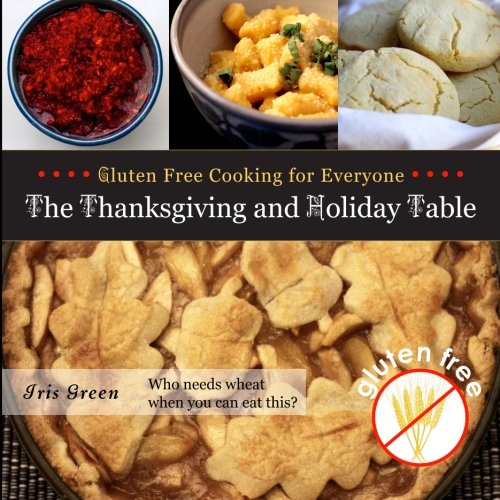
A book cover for Gluten Free Cooking for Everyone: The Thanksgiving and Holiday Table; Iris R Green; Cookbooks, Food & Wine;